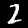
Label: 2